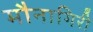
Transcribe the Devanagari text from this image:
मौनागिरी